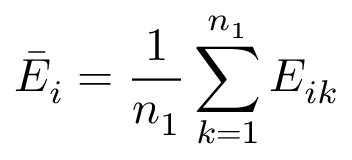
\bar { E } _ { i } = \frac 1 { n _ { 1 } } \sum _ { k = 1 } ^ { n _ { 1 } } E _ { i k }